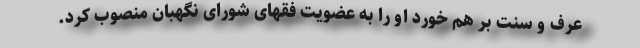
عرف و سنت بر هم خورَد او را به عضویت فقهای شورای نگهبان منصوب کرد.